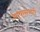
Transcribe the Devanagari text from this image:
भाषासरणी